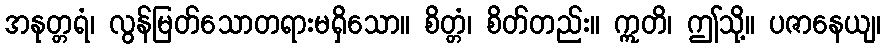
အနုတ္တရံ၊ လွန်မြတ်သောတရားမရှိသော။ စိတ္တံ၊ စိတ်တည်း။ ဣတိ၊ ဤသို့။ ပဇာနေယျ၊